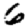
Digit: 6